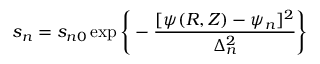
s _ { n } = s _ { n 0 } \exp { \Bigg \{ - \frac { [ \psi ( R , Z ) - \psi _ { n } ] ^ { 2 } } { \Delta _ { n } ^ { 2 } } \Bigg \} }